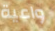
واعية